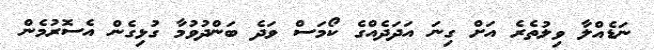
ނަޑެއްލާ ވިލުތެރެ އަށް ގިނަ އަދަދެއްގެ ކޯމަސް ވަދެ ބަންދުވުމާ ގުޅިގެން އެސޮރުމެން